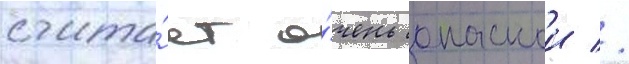
счита́ет о́чень опаснои //